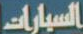
السيارات